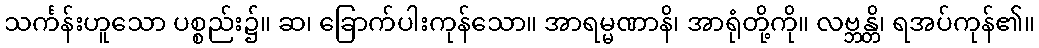
သင်္ကန်းဟူသော ပစ္စည်း၌။ ဆ၊ ခြောက်ပါးကုန်သော။ အာရမ္မဏာနိ၊ အာရုံတို့ကို။ လဗ္ဘန္တိ၊ ရအပ်ကုန်၏။